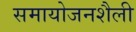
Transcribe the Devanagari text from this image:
समायोजनशैली